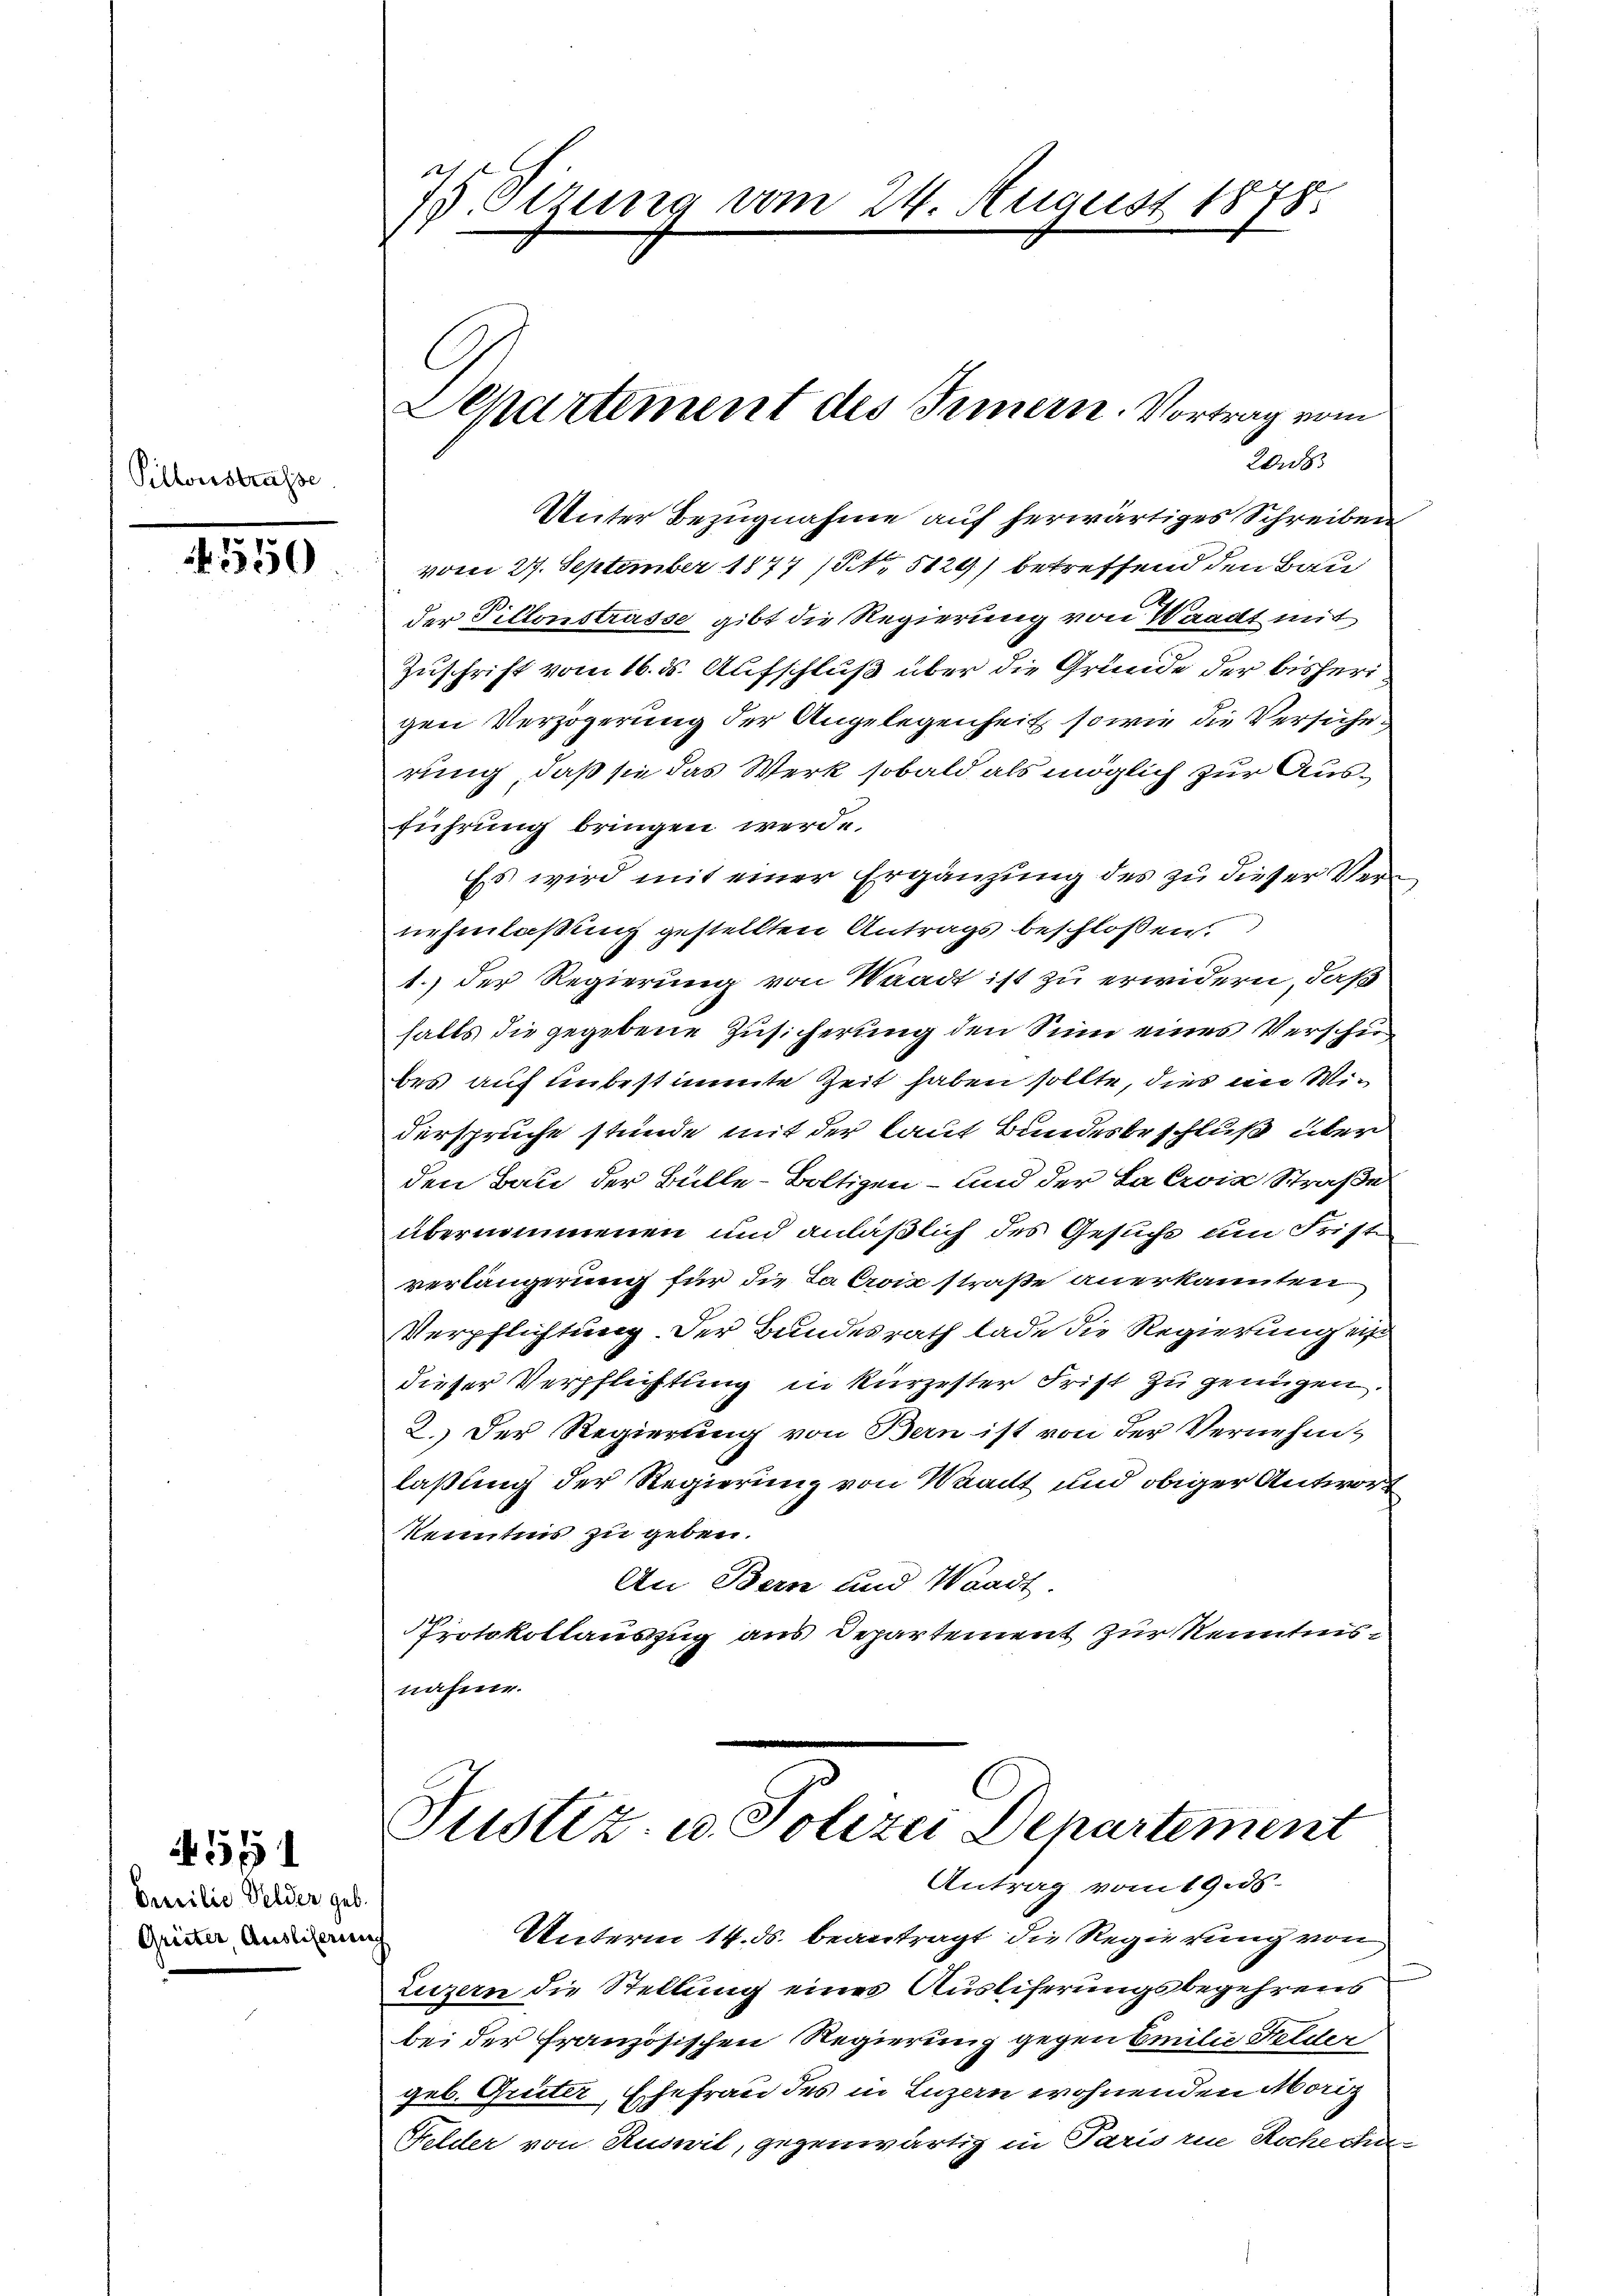
Pillonistrasse

3550

Sicilio Velder geb.
Grüeter, Ausliferen

451

f
15. Setzung vom 24. August 1878.

C

20.
Unter Bezugnahme auf herwärtiges Schreiben
vom 27. September 1877 (No 5129) betreffend den Bau
der Pillonstrasse gibt die Regierung von Waadt mit
Zuschrift vom 16. ds. Aufschluß über die Gründe der bisherigen Verzögerung der Angelegenheit sowie die Versicherung, daß sie das Werk sobald als möglich zur Ausführung bringen werde.
Es wird mit einer Ergänzung des zu dieser Vernehmlaßung gestellten Antrags beschloßen.
1.) Der Regierung von Waadt ist zu erwidern, daß
halts die gegebene Zusicherung den Sinn eines Verschiebes auf unbestimmte Zeit haben sollte, dies im Widersprüche stünde mit der laut Bundesbeschluß über
den Bau der Bülle-Boltigen – und der Lacrois Straße
übernommenen und anläßlich des Gesuche am Friste
verlängerung für die Sacroix straße anerkannten
Verpflichtung der Bundesrath lade die Regierung ein
dieser Verpflichtung in kürzester Frist zu genügen.
2.) Der Regierung von Bern ist von der Vernehm-
laßung der Regierung von Waadt und obiger Antwort
kenntnis zu geben.
An Bern und Waadt.
Protokollauszug aus Departement zur Kenntnis
nahme.
Justiz- u. Polizei Departement
Antrag vom 19.ds.
Unterm 14. ds. beantragt die Regierung von
Luzern die Stellung eines Ausliferungsbegehrens
bei der Französischen Regierung gegen Emilie Felder
geb. Griter, Ehefrau des in Luzern wohnenden Moriz
Felder von Ruswil, gegenwärtig in Parisre Rochechi-

Departement des Innern. Vortrag vom